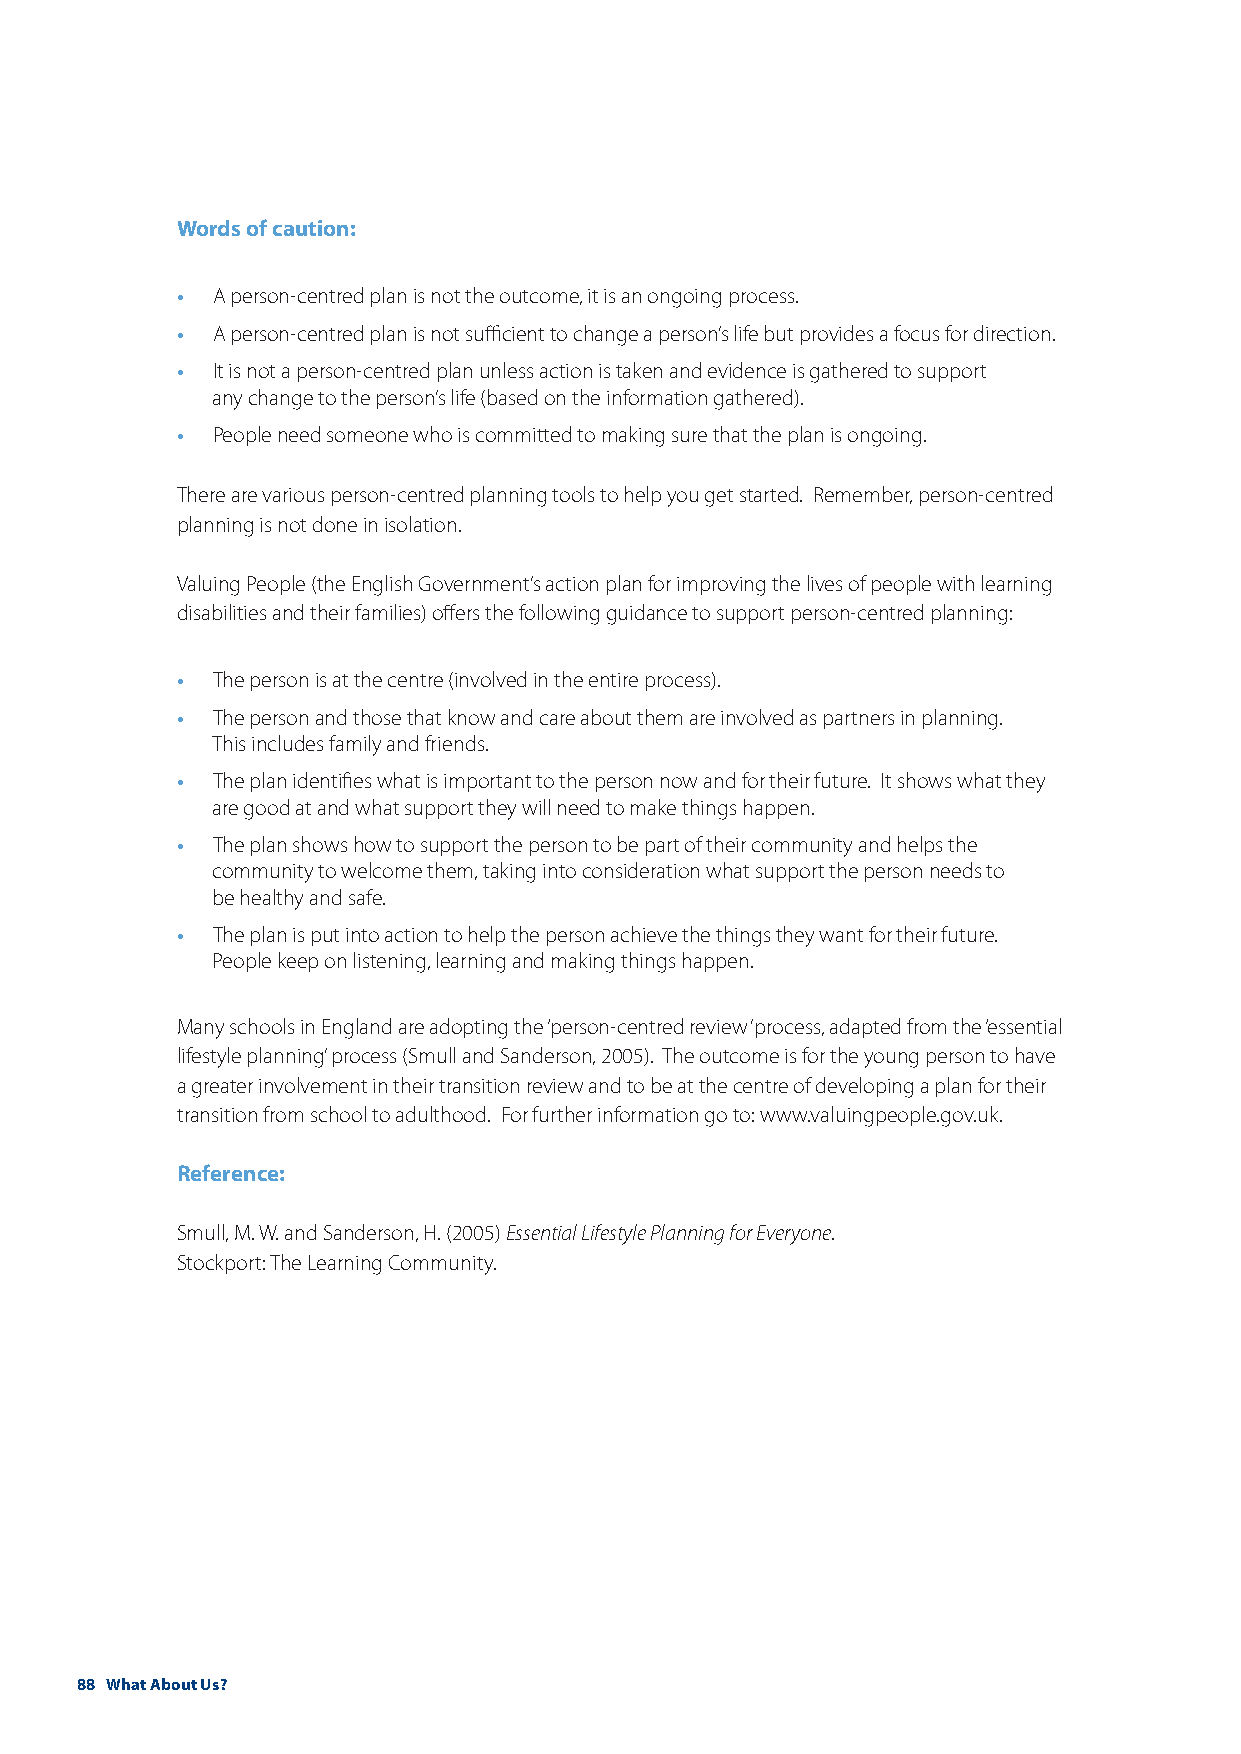
Words of caution:
 •
 A person-centred plan is not the outcome, it is an ongoing process.
 •
 A person-centred plan is not sufficient to change a person’s life but provides a focus for direction.
 •
 It is not a person-centred plan unless action is taken and evidence is gathered to support
 any change to the person’s life (based on the information gathered).
 •
 People need someone who is committed to making sure that the plan is ongoing.
 There are various person-centred planning tools to help you get started. Remember, person-centred
 planning is not done in isolation.
 Valuing People (the English Government’s action plan for improving the lives of people with learning
 disabilities and their families) offers the following guidance to support person-centred planning:
 •
 The person is at the centre (involved in the entire process).
 •
 The person and those that know and care about them are involved as partners in planning.
 This includes family and friends.
 •
 The plan identifies what is important to the person now and for their future. It shows what they
 are good at and what support they will need to make things happen.
 •
 The plan shows how to support the person to be part of their community and helps the
 community to welcome them, taking into consideration what support the person needs to
 be healthy and safe.
 •
 The plan is put into action to help the person achieve the things they want for their future.
 People keep on listening, learning and making things happen.
 Many schools in England are adopting the ‘person-centred review’ process, adapted from the ‘essential
 lifestyle planning’ process (Smull and Sanderson, 2005). The outcome is for the young person to have
 a greater involvement in their transition review and to be at the centre of developing a plan for their
 transition from school to adulthood. For further information go to: www.valuingpeople.gov.uk.
 Reference:
 Smull, M. W. and Sanderson, H. (2005) Essential Lifestyle Planning for Everyone.
 Stockport: The Learning Community.
 88 What About Us?